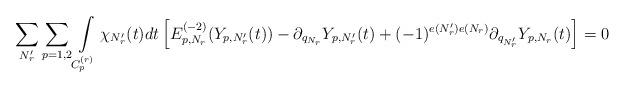
LaTeX: \begin{align*}\sum_{N_r'}\sum_{p=1,2}\int\limits_{C_p^{(r)}}\chi_{N_r'}(t)dt\left[E_{p,N_r}^{(-2)}(Y_{p,N_r'}(t))-\partial_{q_{N_r}}Y_{p,N_r'}(t)+(-1)^{e(N_r')e(N_r)}\partial_{q_{N_r'}}Y_{p,N_r}(t)\right]=0\end{align*}